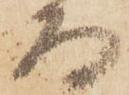
而